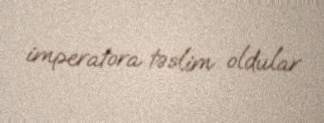
imperatora təslim oldular.